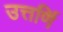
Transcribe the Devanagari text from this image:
उत्तर्णि